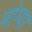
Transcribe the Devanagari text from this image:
नांग्या